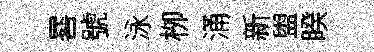
晷號泳栁涌新盥睽